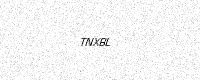
Text: TNXBL